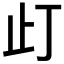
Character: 𱤼